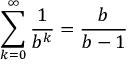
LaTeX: \sum _ { k = 0 } ^ { \infty } { \frac { 1 } { b ^ { k } } } = { \frac { b } { b - 1 } }